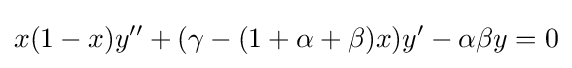
x(1-x)y''+(\gamma -(1+\alpha +\beta )x)y'-\alpha \beta y=0